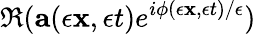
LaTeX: \Re({\mathbf{a}}(\epsilon{\mathbf{x}},\epsilon t)e^{i\phi(\epsilon{\mathbf{x}},\epsilon t)/\epsilon})